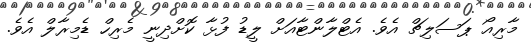
މާރިއޯ ޕަސަލިޗް އެވެ. އެޓްލާންޓާއަށް ލީޑު ފުޅާ ކޮށްދިނީ މެރިހް ޑެމިރާލް އެވެ.